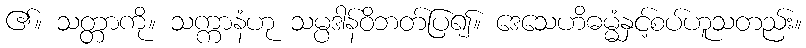
၏။ သတ္တာကို။ သက္ကာနံဟု သမ္ပဒါန်ဝိဘတ်ပြ၍။ ဒေသေဟိဓမ္မံနှင့်စပ်ဟူသတည်း။